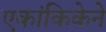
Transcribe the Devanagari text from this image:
एकांकिकेने